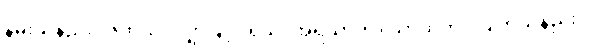
နမ်းသနည်း။ ဇိဝှာယ၊ လျှာဖြင့်။ ရသံ၊ အရသာကို။ သာယတိ၊ လျက်သနည်း။